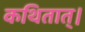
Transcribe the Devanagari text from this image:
कथितात्।